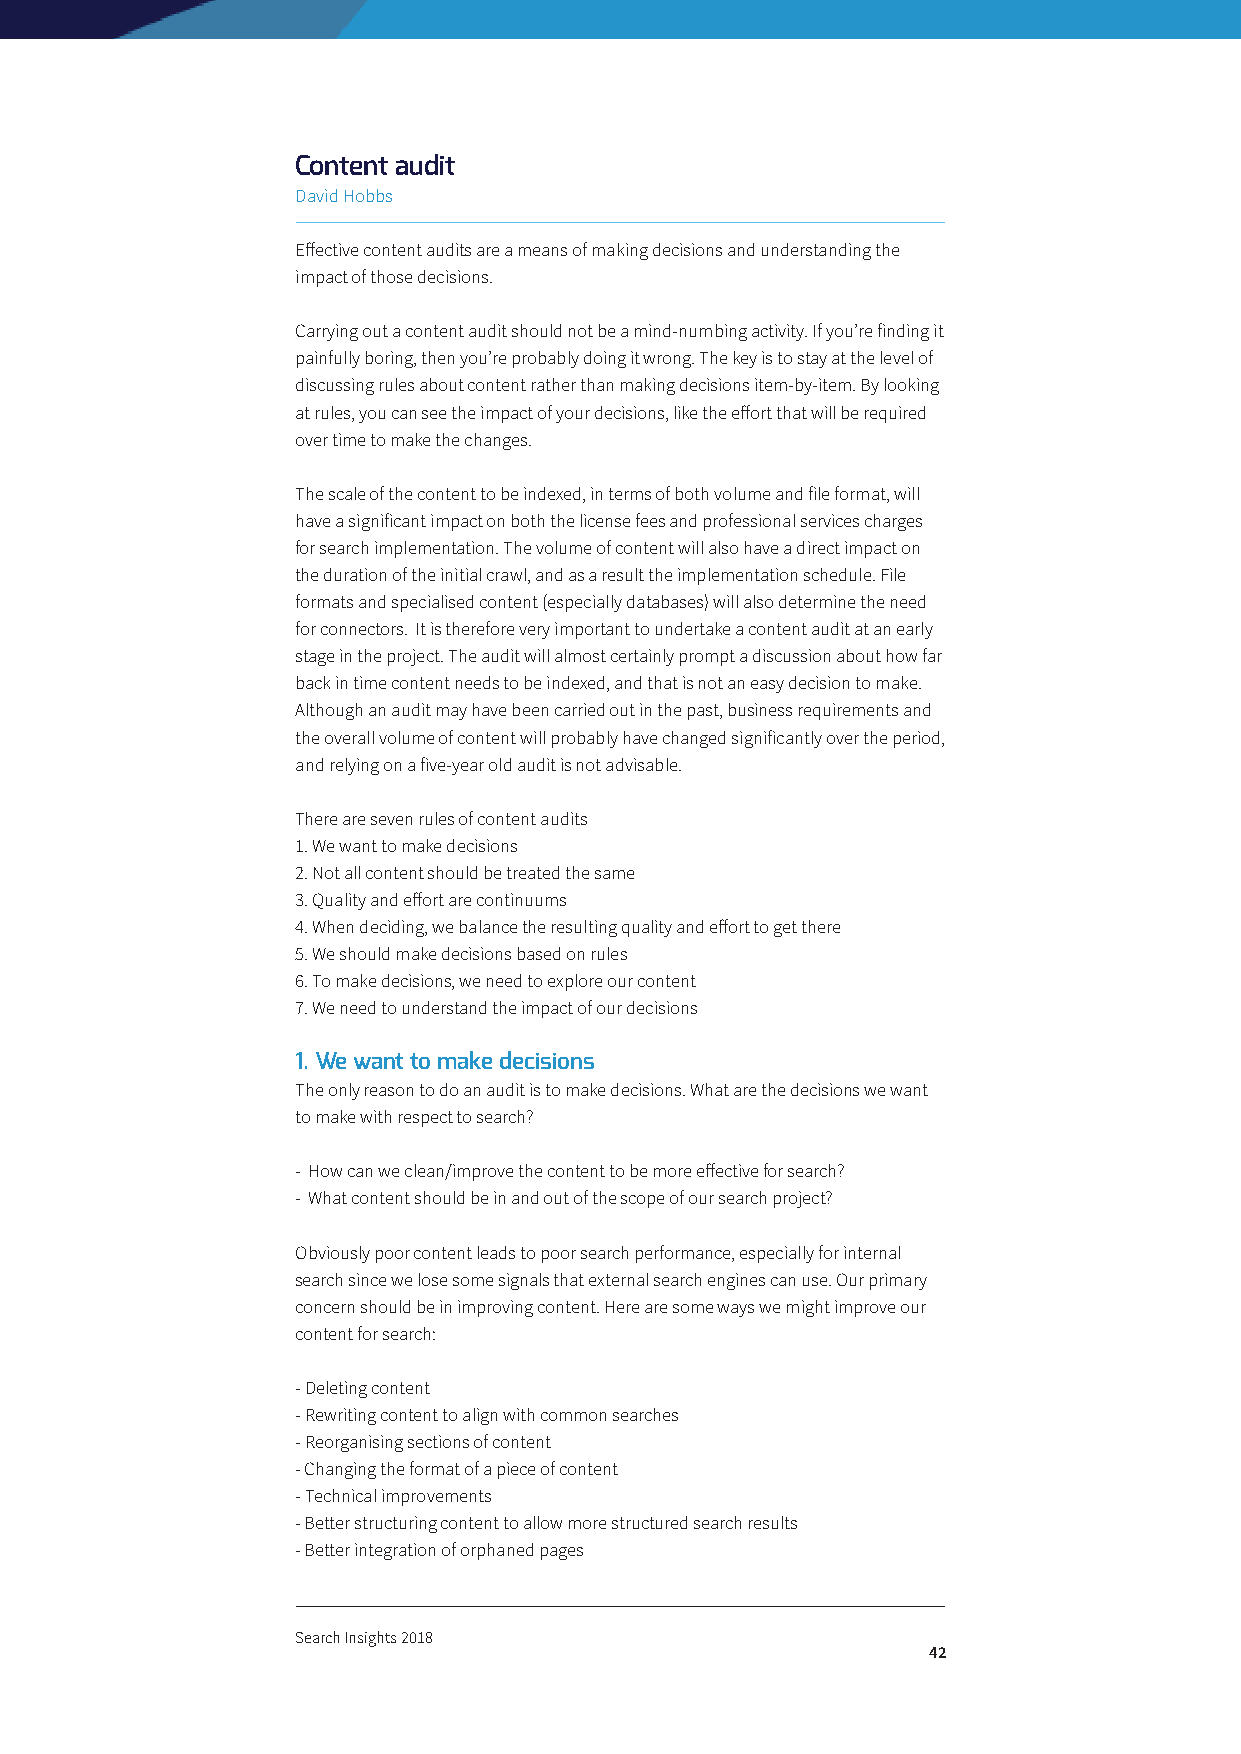
Content audit
 David Hobbs
 Effective content audits are a means of making decisions and understanding the
 impact of those decisions.
 Carrying out a content audit should not be a mind-numbing activity. If you’re finding it
 painfully boring, then you’re probably doing it wrong. The key is to stay at the level of
 discussing rules about content rather than making decisions item-by-item. By looking
 at rules, you can see the impact of your decisions, like the effort that will be required
 over time to make the changes.
 The scale of the content to be indexed, in terms of both volume and file format, will
 have a significant impact on both the license fees and professional services charges
 for search implementation. The volume of content will also have a direct impact on
 the duration of the initial crawl, and as a result the implementation schedule. File
 formats and specialised content (especially databases) will also determine the need
 for connectors. It is therefore very important to undertake a content audit at an early
 stage in the project. The audit will almost certainly prompt a discussion about how far
 back in time content needs to be indexed, and that is not an easy decision to make.
 Although an audit may have been carried out in the past, business requirements and
 the overall volume of content will probably have changed significantly over the period,
 and relying on a five-year old audit is not advisable.
 There are seven rules of content audits
 1. We want to make decisions
 2. Not all content should be treated the same
 3. Quality and effort are continuums
 4. When deciding, we balance the resulting quality and effort to get there
 5. We should make decisions based on rules
 6. To make decisions, we need to explore our content
 7. We need to understand the impact of our decisions
 1. We want to make decisions
 The only reason to do an audit is to make decisions. What are the decisions we want
 to make with respect to search?
 - How can we clean/improve the content to be more effective for search?
 - What content should be in and out of the scope of our search project?
 Obviously poor content leads to poor search performance, especially for internal
 search since we lose some signals that external search engines can use. Our primary
 concern should be in improving content. Here are some ways we might improve our
 content for search:
 - Deleting content
 - Rewriting content to align with common searches
 - Reorganising sections of content
 - Changing the format of a piece of content
 - Technical improvements
 - Better structuring content to allow more structured search results
 - Better integration of orphaned pages
 Search Insights 2018
 42